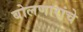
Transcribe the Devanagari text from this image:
बोलणारांचे